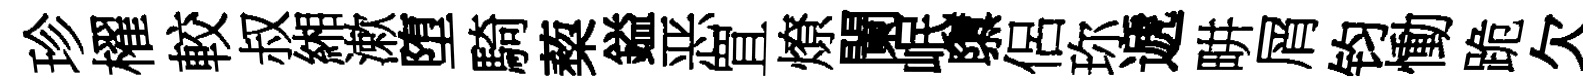
珍櫂較叔緗漱堕騎蔾鎰恶罝燎闌岷隳侶珎遞畊屑钧慟跪欠